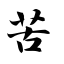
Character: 苦